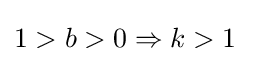
1>b>0\Rightarrow k>1\;